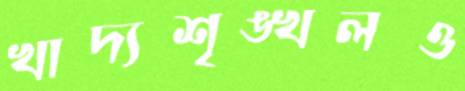
খাদ্যশৃঙ্খলও